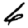
Digit: 6